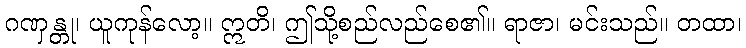
ဂဏှန္တု၊ ယူကုန်လော့။ ဣတိ၊ ဤသို့စည်လည်စေ၏။ ရာဇာ၊ မင်းသည်။ တထာ၊